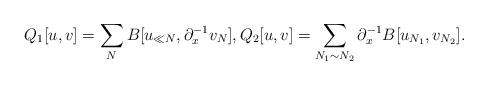
LaTeX: \begin{align*}Q_1[u,v] = \sum\limits_N B[u_{\ll N},\partial_x^{-1}v_N],Q_2[u,v] =\sum\limits_{N_1\sim N_2} \partial_x^{-1}B[u_{N_1},v_{N_2}].\end{align*}